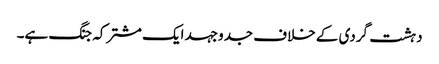
دہشت گردی کے خلاف جدوجہد ایک مشترکہ جنگ ہے۔